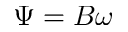
\Psi = B \omega